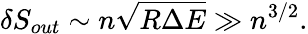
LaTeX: \delta S_{out}\sim n\sqrt{R\Delta E}\gg n^{3/2}.